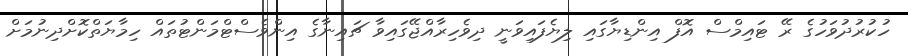
ހުކުރުދުވަހުގެ ރޭ ޓައިމްސް އޮފް އިންޑިޔާގައި ލިޔެފައިވަނީ ދިވެހިރާއްޖޭގައިވާ ޗައިނާގެ އިންވެސްޓްމަންޓުތައް ހިމާޔަތްކޮށްދިނުމަށް